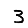
Digit: 3